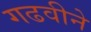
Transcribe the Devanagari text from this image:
गढवीने